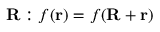
\mathbf { R } : f ( \mathbf { r } ) = f ( \mathbf { R } + \mathbf { r } )